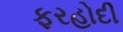
ફરહોદી